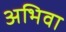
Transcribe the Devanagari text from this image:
अभिवा